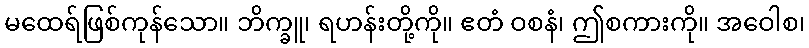
မထေရ်ဖြစ်ကုန်သော။ ဘိက္ခူ၊ ရဟန်းတို့ကို။ ဧတံ ဝစနံ၊ ဤစကားကို။ အဝေါစ၊